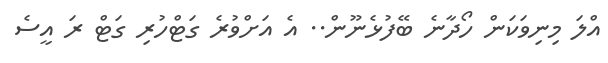
އްލަ މިނިވަކަން ހޯދާނެ ބޭފުޅެނޫން.. އެ އަށްވުރެ ގަޓްހުރި ގަޓް ރަ އީސެ